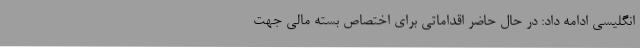
انگلیسی ادامه داد: در حال حاضر اقداماتی برای اختصاص بسته مالی جهت